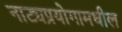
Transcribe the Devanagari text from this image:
नाट्यप्रयोगामधील